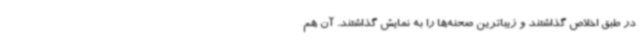
در طبق اخلاص گذاشتند و زیباترین صحنه‌ها را به نمایش گذاشتند. آن هم